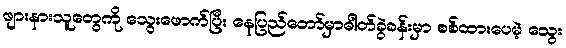
ဖျားနားသူတွေကို သွေးဖောက်ပြီး နေပြည်တော်မှာဓါတ်ခွဲခန်းမှာ စစ်ထားပေမဲ့ သွေး